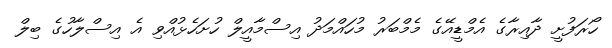
ހޯރަފުށީ ދާއިރާގެ އެމްޑީއޭގެ މެމްބަރު މުހައްމަދު އިސްމާއީލް ހުށަހެޅުއްވި އެ އިސްލާހުގެ ބިލް